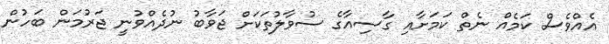
އެއްވެސް ކަމެއް ނެތް ކަމަށާއި ގާސިއާގެ ސުވާލުތަކަށް ޖަވާބު ނުދެއްވުނީ ޖަރުމަން ބަހުން